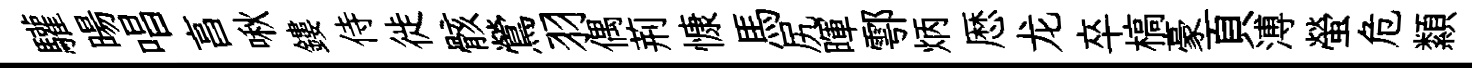
驩暘唱亯啾鏤侍徙骸鶯羽偶荊慷馬尻暉鄠炳厯龙卒槁豪頁溥螢危纇